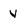
Character: v